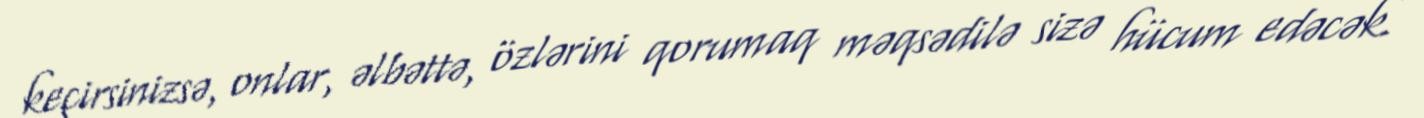
keçirsinizsə, onlar, əlbəttə, özlərini qorumaq məqsədilə sizə hücum edəcək.